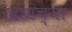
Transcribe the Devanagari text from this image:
खंडांच्‍या